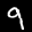
Label: 9